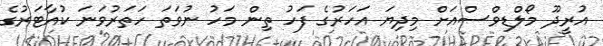
އުރީދޫ މޯލްޑިވްސްއަށް މިދިޔަ އަހަރުގެ ފަހު ތިން މަހު ނުވަތަ ހަތަރުވަނަ ކުއާޓަރުގެ